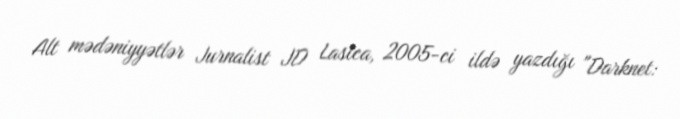
Alt mədəniyyətlər Jurnalist JD Lasica, 2005-ci ildə yazdığı "Darknet: